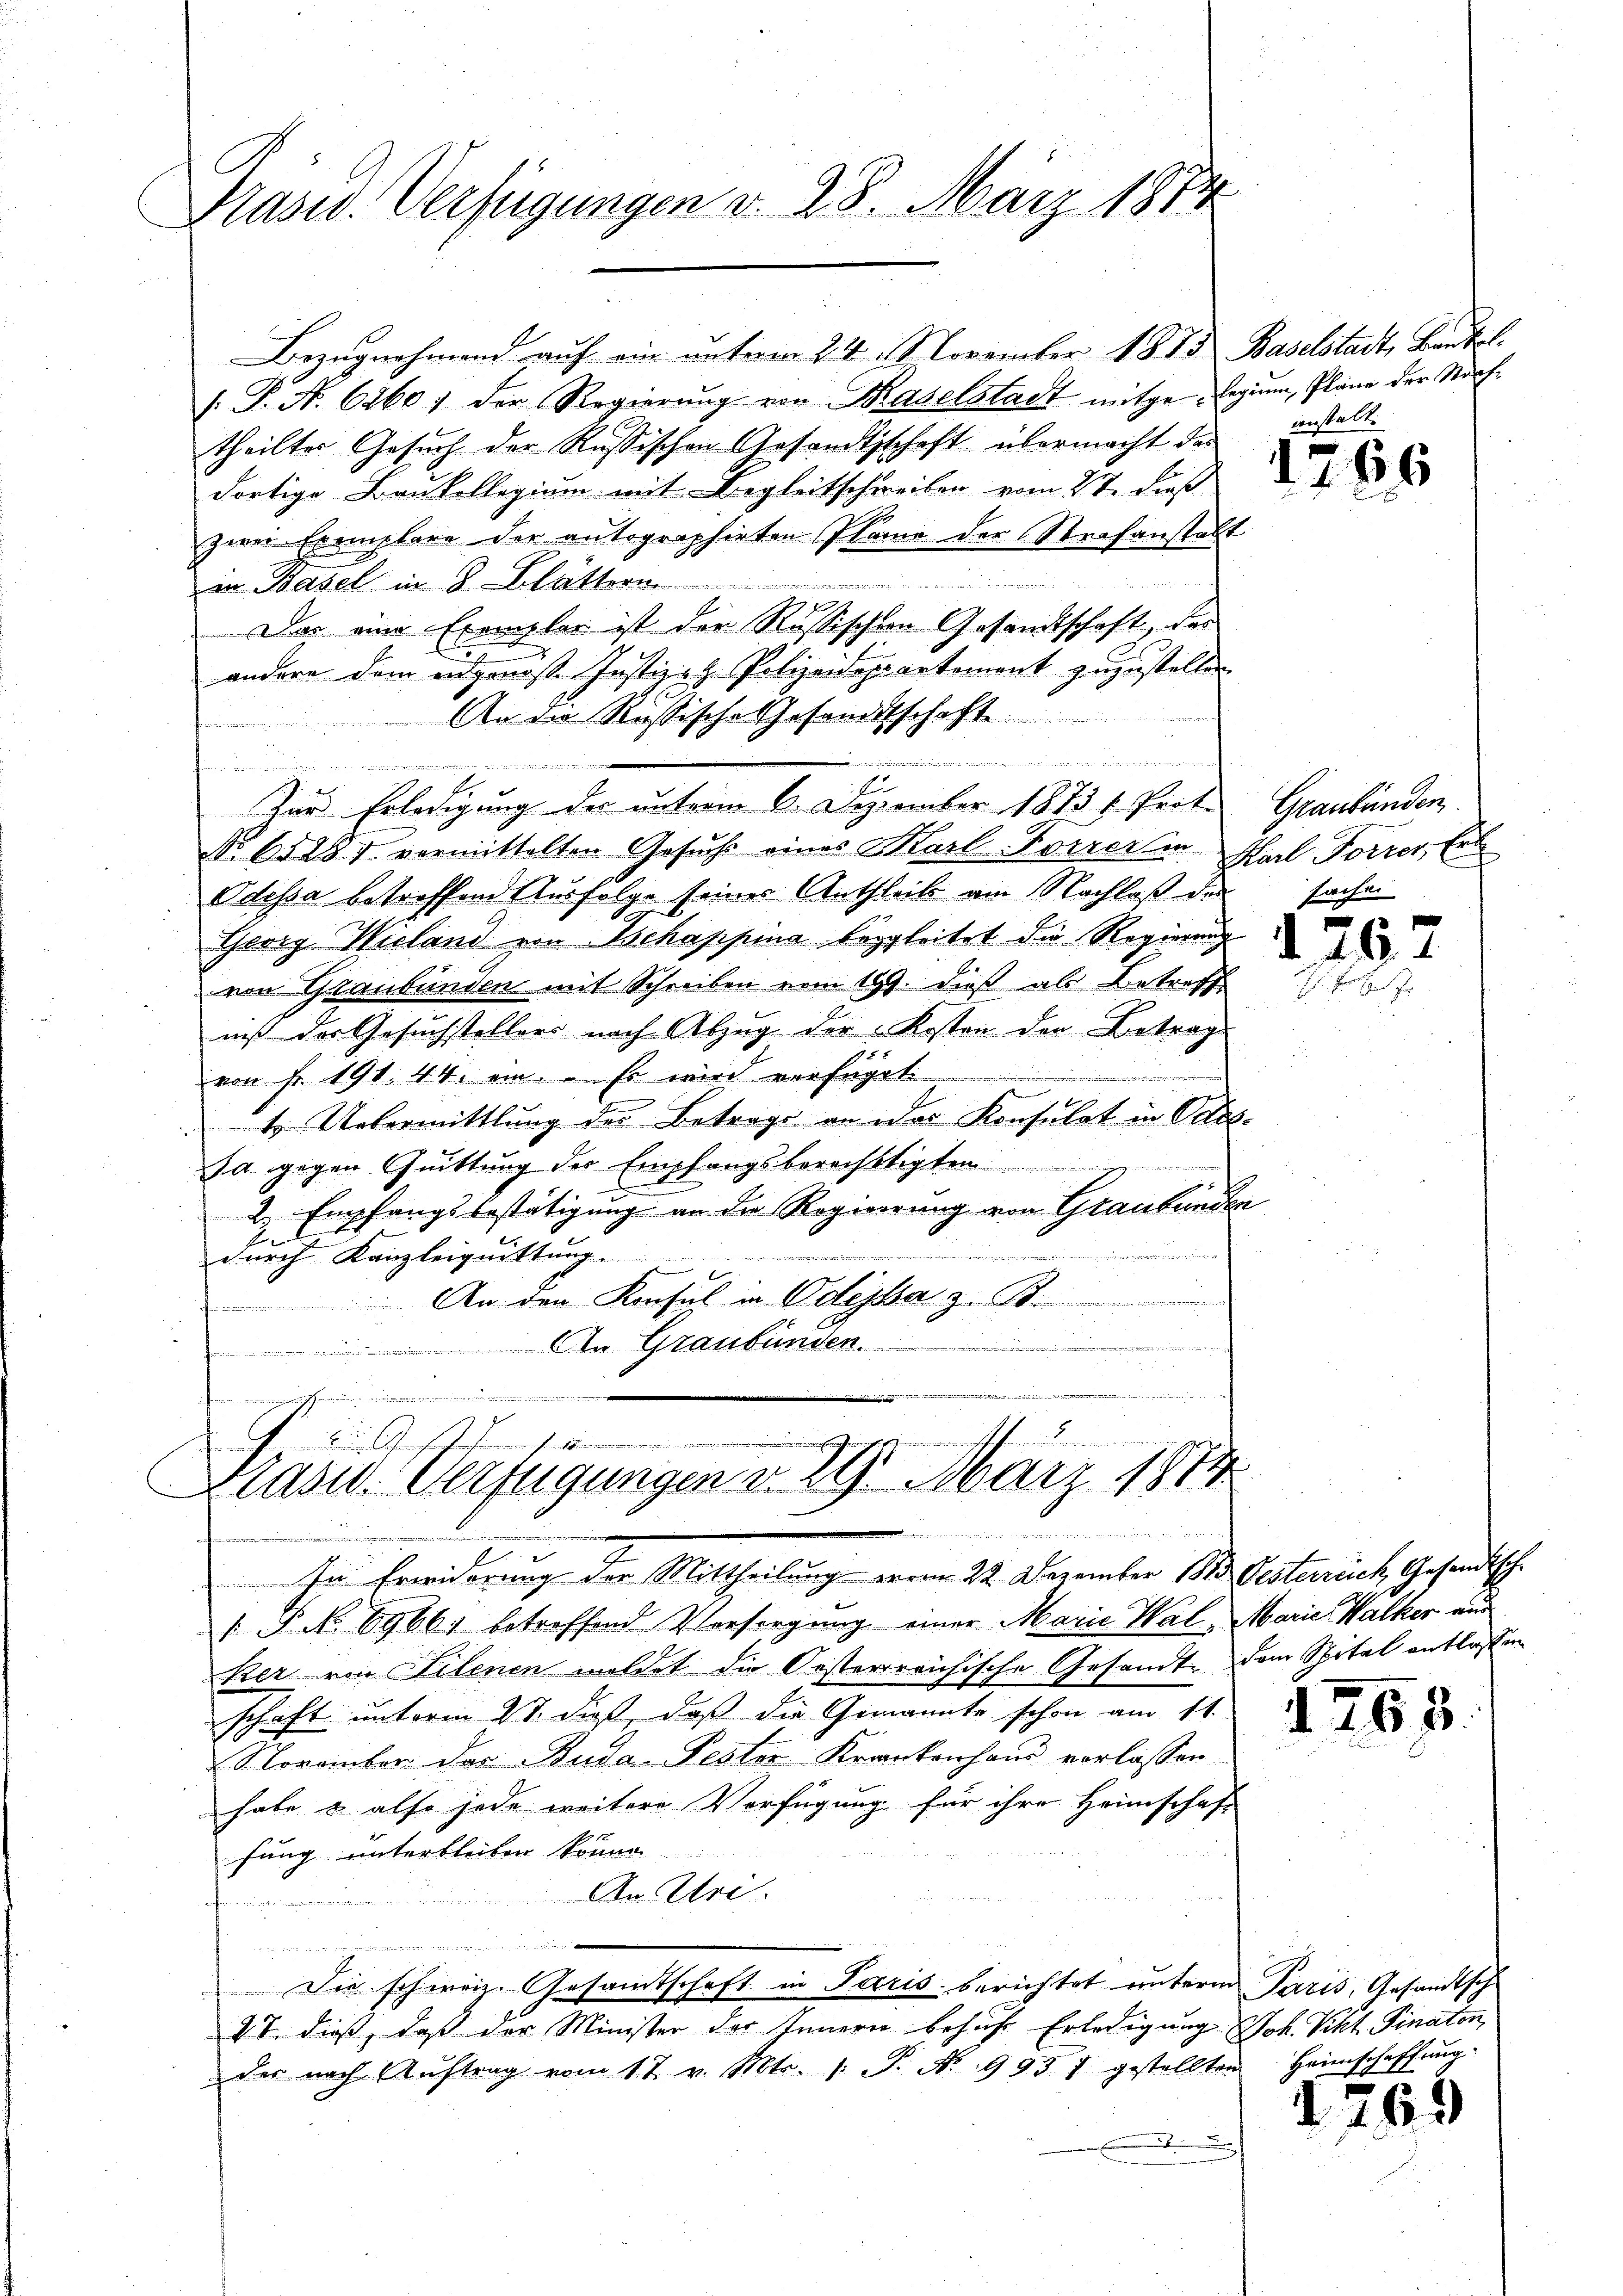
Krasw. Verfügungen d. 28. März 1884

In Erwiderung der Mittheilung vom 22. Dezember 1883 Oesterreich, Gesandtsche
 P. No. 69661 betreffend Vorsorgung einer Marie Wal, Marie Walker aus
ker von Filenen mildet die Oesterreichische Gesandt. Dem Spital entlassen
schaft unterm 27. dieß, daß die Gemannte schon am 11.
November das Buda-Fester Krankenhans verlassen
habe & also jede weitere Verfügung für ihre Heimschaft
fung unterbleiben könne
An Uri.
il, und

Die schweiz. Gesamtschaft in Paris berichtet unterm Paris, Gesandtsch
2 T. dieß, daß der Minister der Innern behuf Erledigung Joh. Pkt. Finaton
der nach Aŭftrag vom 17 v. Mts. s. S. Nr. 9957 gestellten Heimschaffŭng
.

Bezugnahmend auf ein unterm 24. 11. November 1875 Baselstadt, Bartl.
/J. A. 6260; der Regierŭng von Baselstadt mitgelegium, Pläne der Straf-
theilter Gesuch der Russischen Gesandtschaft übermacht das
dortige Baukollegium mit Begleitschreiben vom 2te dieß
zwei Exemplare der autographirten Plane der Strafanstalt
in Basel in 3 Schattern

Das eine Exemplar ist der Rußischen Gesandtschaft, das
andere dem eidgenoß Instiert Polizeidepartement zuzustellen.
An die Russische Gesandtschaft
inoritzen in eines von Sinnert wenn die
.
z
e
Zur Erledigung der unterm 6. Dezember 1873 u. Prof. Graubünden.
No. 65287 vermittelten Gesuch eines Karl Forrer in Karl Forrer, Erb
Odessa betreffend Ausfolge seines Anthleib am Nachlaß der sachen
therig Wieland von Schappina begleitet die Regierung
von Graubünden mit Schreiben vom 199. dieß als Betreff
niß der Gesuchstellers nach Abzug der Kosten den Betrag
von Fr. 191. 44. ein. Es wird verfüget.
4. Uebermittlung der Betrags an das Konsulat in Oetes.
Ja gegen Quittung der Empfangsberechtigten
.
2. Empfangsbestätigung an die Regierung von Graubünden

wie die in den
5
4
durch Kanzleiguittung.
An den Konsul u. Odessa z. B.

 An Graubünden.

e

1
.
Drasw. Verfügungen d. 29. März 1874
Paten
.
e

ianstalt.

1766

Fr J.

1763.

1769